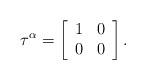
LaTeX: \begin{align*}\tau^{\alpha} = \left[\begin{array}{cc} 1 & 0 \\ 0 & 0 \end{array}\right].\end{align*}